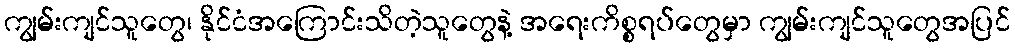
ကျွမ်းကျင်သူတွေ၊ နိုင်ငံအကြောင်းသိတဲ့သူတွေနဲ့ အရေးကိစ္စရပ်တွေမှာ ကျွမ်းကျင်သူတွေအပြင်